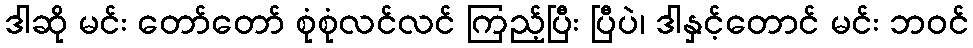
ဒါဆို မင်း တော်တော် စုံစုံလင်လင် ကြည့်ပြီး ပြီပဲ၊ ဒါနှင့်တောင် မင်း ဘဝင်